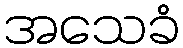
အသေခံ